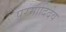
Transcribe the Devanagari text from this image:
परमादिदेव